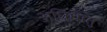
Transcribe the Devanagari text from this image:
अधिधातु